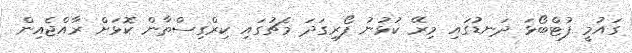
ގައުމީ ފުޓްބޯޅަ ދަނޑުގައި މިރޭ ކުޅުނު ފޯރިގަދަ މެޗުގައި ކިރްގިސްތާން ކޮޅަށް ރާއްޖެއިން